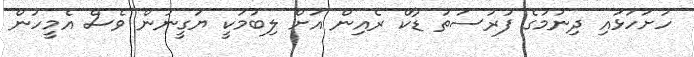
ހުށަހަޅައި ދިނުމުގެ ފުރުސަތު ޑާކް ރެއިން އަށް ލިބުމަކީ ޔަގީނުން ވެސް އެމީހުން